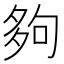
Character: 夠